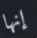
إنها